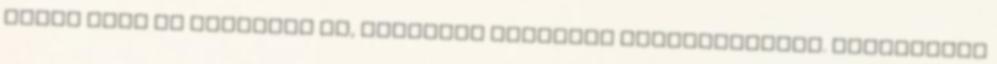
házba párt ne kerüljön be, legyenek szívesek indítványozni. Szavazzunk